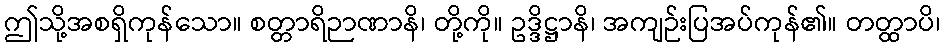
ဤသို့အစရှိကုန်သော။ စတ္တာရိဉာဏာနိ၊ တို့ကို။ ဥဒ္ဒိဋ္ဌာနိ၊ အကျဉ်းပြအပ်ကုန်၏။ တတ္ထာပိ၊